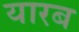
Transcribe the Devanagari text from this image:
यारब